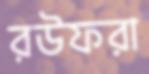
রউফরা